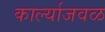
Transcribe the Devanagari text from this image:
कार्ल्याजवळ